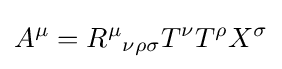
A^{\mu }={R^{\mu }}_{\nu \rho \sigma }T^{\nu }T^{\rho }X^{\sigma }